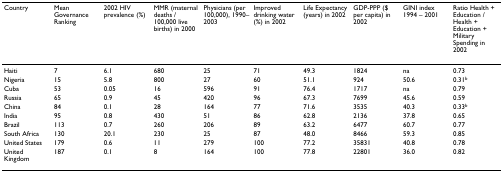
<table><thead><tr><td><b>Country</b></td><td><b>Mean Governance Ranking</b></td><td><b>2002 HIV prevalence (%)</b></td><td><b>MMR (maternal deaths / 100,000 live births) in 2000</b></td><td><b>Physicians (per 100,000), 1990–2003</b></td><td><b>Improved drinking water (%) in 2002</b></td><td><b>Life Expectancy (years) in 2002</b></td><td><b>GDP-PPP ($ per capita) in 2002</b></td><td><b>GINI index 1994 – 2001</b></td><td><b>Ratio Health + Education / Health + Education + Military Spending in 2002</b></td></tr></thead><tbody><tr><td>Haiti</td><td>7</td><td>6.1</td><td>680</td><td>25</td><td>71</td><td>49.3</td><td>1824</td><td>na</td><td>0.73</td></tr><tr><td>Nigeria</td><td>15</td><td>5.8</td><td>800</td><td>27</td><td>60</td><td>51.1</td><td>924</td><td>50.6</td><td>0.31<sup>b</sup></td></tr><tr><td>Cuba</td><td>53</td><td>0.05</td><td>16</td><td>596</td><td>91</td><td>76.4</td><td>1717</td><td>na</td><td>0.79</td></tr><tr><td>Russia</td><td>65</td><td>0.9</td><td>45</td><td>420</td><td>96</td><td>67.3</td><td>7699</td><td>45.6</td><td>0.59</td></tr><tr><td>China</td><td>84</td><td>0.1</td><td>28</td><td>164</td><td>77</td><td>71.6</td><td>3535</td><td>40.3</td><td>0.33<sup>b</sup></td></tr><tr><td>India</td><td>95</td><td>0.8</td><td>430</td><td>51</td><td>86</td><td>62.8</td><td>2136</td><td>37.8</td><td>0.65</td></tr><tr><td>Brazil</td><td>113</td><td>0.7</td><td>260</td><td>206</td><td>89</td><td>63.2</td><td>6477</td><td>60.7</td><td>0.77</td></tr><tr><td>South Africa</td><td>130</td><td>20.1</td><td>230</td><td>25</td><td>87</td><td>48.0</td><td>8466</td><td>59.3</td><td>0.85</td></tr><tr><td>United States</td><td>179</td><td>0.6</td><td>11</td><td>279</td><td>100</td><td>77.2</td><td>35831</td><td>40.8</td><td>0.78</td></tr><tr><td>United Kingdom</td><td>187</td><td>0.1</td><td>8</td><td>164</td><td>100</td><td>77.8</td><td>22801</td><td>36.0</td><td>0.82</td></tr></tbody></table>